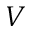
V